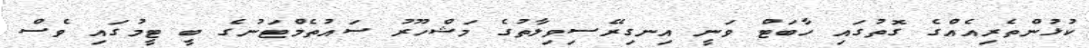
ކުޅުންތެރިއެއްގެ ގޮތުގައި ހާބަޓް ވަނީ އިނގިރޭސިވިލާތުގެ މަޝްހޫރު ސައުތެމްޓަނުގެ ބީ ޓީމުގައި ވެސް